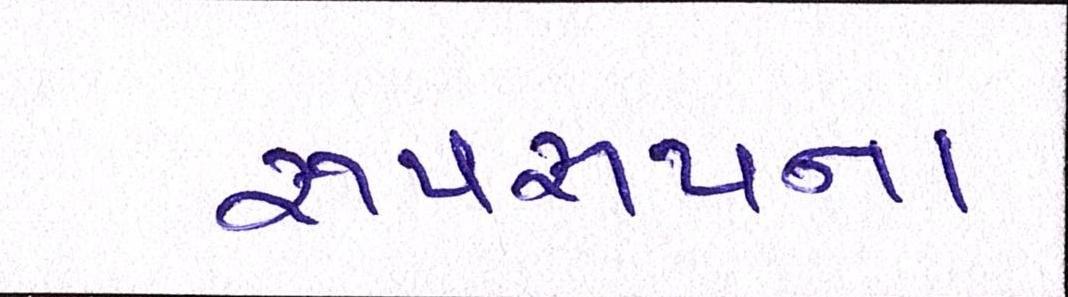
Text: રૂપરૂપના